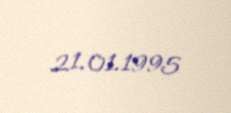
21.01.1995